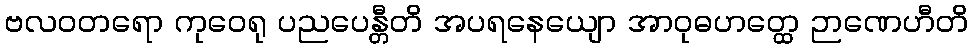
ဗလဝတရော ကုဝေရု ပညပေန္တီတိ အပရနေယျော အာဝုဓဟတ္ထေ ဉာဏေဟီတိ